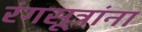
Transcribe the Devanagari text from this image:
रंगसूत्रांना